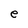
Character: e